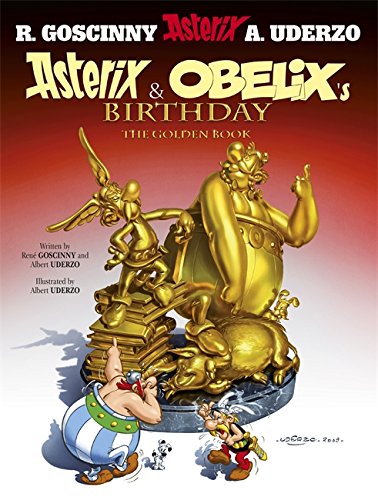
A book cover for Asterix & Obelix's Birthday: The Golden Book - Album #34; Rene Goscinny; Comics & Graphic Novels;